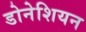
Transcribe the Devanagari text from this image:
डोनेशियन